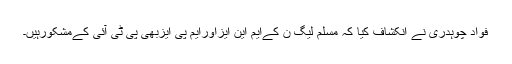
فواد چوہدری نے انکشاف کیا کہ مسلم لیگ ن کےایم این ایزاورایم پی ایزبھی پی ٹی آئی کےمشکورہیں۔